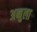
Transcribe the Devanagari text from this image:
अब्बुला